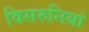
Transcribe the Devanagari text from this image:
विसरुनियां